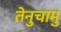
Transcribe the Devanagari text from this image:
तेनुचामु